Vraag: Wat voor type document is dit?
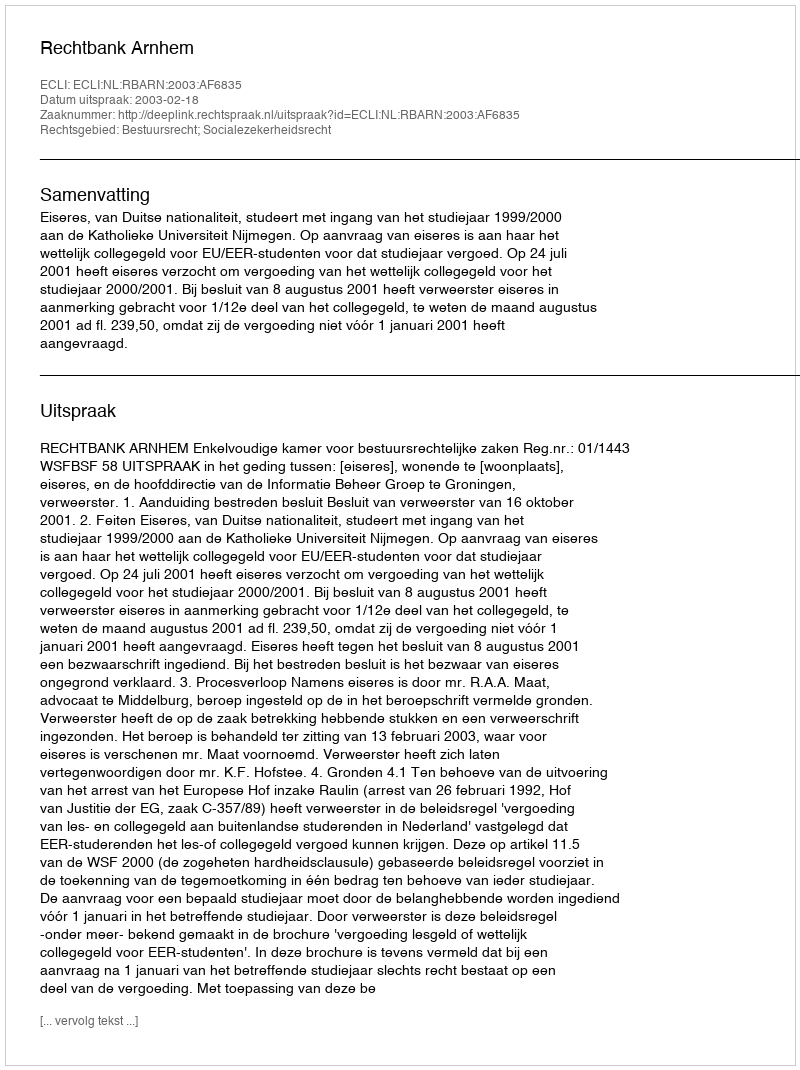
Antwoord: Uitspraak